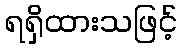
ရရှိထားသဖြင့်